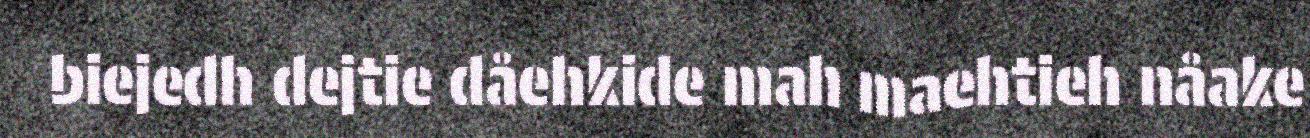
biejedh dejtie dåehkide mah maehtieh nåake